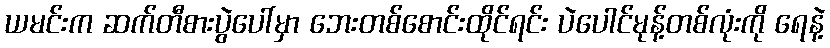
ယမင်းက ဆက်တီစားပွဲပေါ်မှာ ဘေးတစ်စောင်းထိုင်ရင်း ပဲပေါင်မုန့်တစ်လုံးကို ရေနဲ့